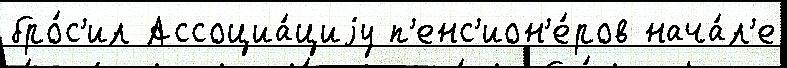
бро́с'ил Ассоциа́циjу п'енс'ион'е́ров нача́л'е